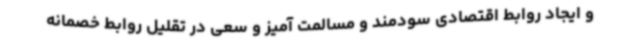
و ایجاد روابط اقتصادی سودمند و مسالمت آمیز و سعی در تقلیل روابط خصمانه